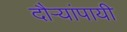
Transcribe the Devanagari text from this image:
दौऱ्यांपायी